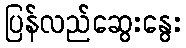
ပြန်လည်ဆွေးနွေး